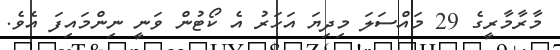
މާރާމާރީގެ 29 މައްސަލަ މިދިޔަ އަހަރު އެ ކޯޓުން ވަނީ ނިންމައިފަ އެވެ.